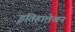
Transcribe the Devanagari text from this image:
इतिहालेखन